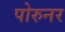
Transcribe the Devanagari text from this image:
पोरुनर